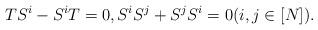
LaTeX: \begin{align*} TS^i-S^iT=0, S^iS^j+S^jS^i=0(i, j\in[N]).\end{align*}